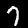
Label: 7